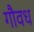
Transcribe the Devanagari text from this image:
गौवध